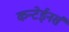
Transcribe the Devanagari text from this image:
कन्टेईनर्स